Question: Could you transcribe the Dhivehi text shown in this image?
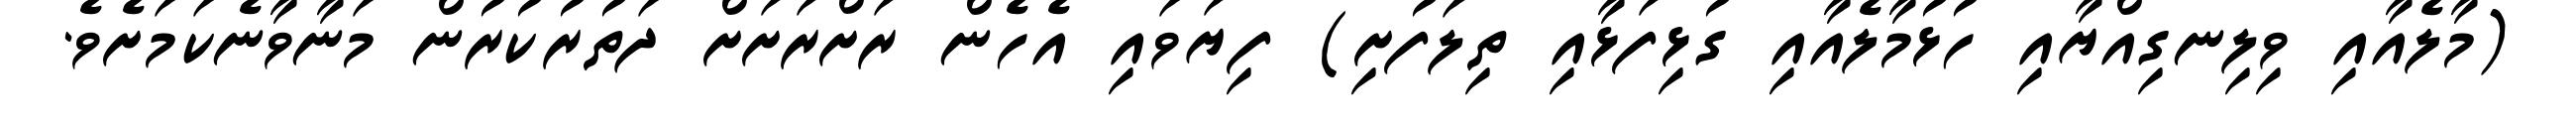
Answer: (މާލެއާއި ވިލިނގިއްޔާއި ހުޅުމާލެއާއި ގުޅިފަޅާއި ތިލަފުށި) ފިޔަވައި އެހެން ރަށްރަށަށް ދަތުރުކުރުން މަނާވާނެކަމަށެވެ.